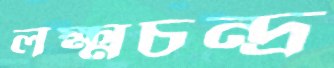
লক্ষ্মচন্দ্র